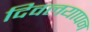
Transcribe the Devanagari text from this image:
दिवलयापन